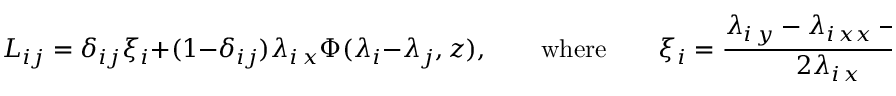
L _ { i j } = \delta _ { i j } \xi _ { i } + ( 1 - \delta _ { i j } ) \lambda _ { i \, x } \Phi ( \lambda _ { i } - \lambda _ { j } , z ) , \qquad \mathrm { w h e r e } \qquad \xi _ { i } = \frac { \lambda _ { i \, y } - \lambda _ { i \, x x } - b _ { i } } { 2 \lambda _ { i \, x } } ,